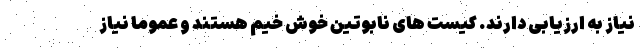
نیاز به ارزیابی دارند. کیست های نابوتین خوش خیم هستند و عموما نیاز